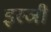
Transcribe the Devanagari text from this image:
इस्ञी